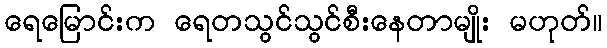
ရေမြောင်းက ရေတသွင်သွင်စီးနေတာမျိုး မဟုတ်။